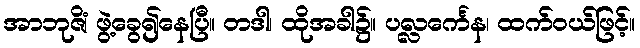
အာဘုဇိံ၊ ဖွဲ့ခွေ၍နေပြီ။ တဒါ၊ ထိုအခါ၌။ ပလ္လင်္ကေန၊ ထက်ဝယ်ဖြင့်။